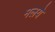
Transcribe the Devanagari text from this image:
मलये